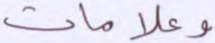
وعلامات